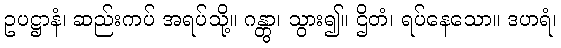
ဥပဋ္ဌာနံ၊ ဆည်းကပ် အရပ်သို့။ ဂန္တွာ၊ သွား၍။ ဌိတံ၊ ရပ်နေသော။ ဒဟရံ၊